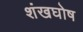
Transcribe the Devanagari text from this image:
शंखघोष